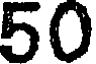
50